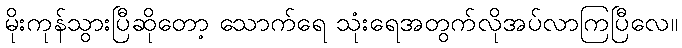
မိုးကုန်သွားပြီဆိုတော့ သောက်ရေ သုံးရေအတွက်လိုအပ်လာကြပြီလေ။